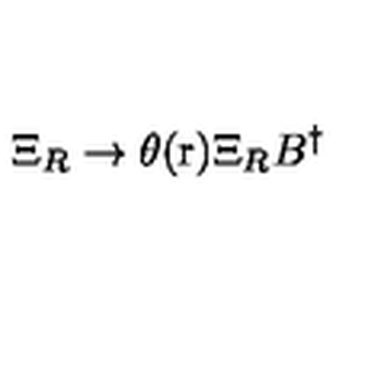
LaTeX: \Xi _ { R } \rightarrow \theta ( \mathrm { \boldmath r } ) \Xi _ { R } B ^ { \dag }